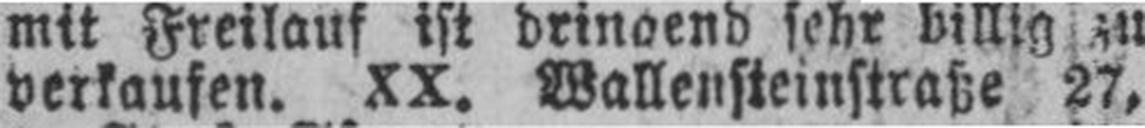
verkaufen. XX. Wallensteinstraße 27,